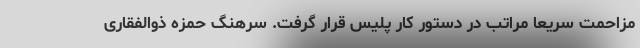
مزاحمت سریعاً مراتب در دستور کار پلیس قرار گرفت. سرهنگ حمزه ذوالفقاری